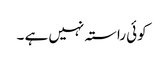
کوئی راستہ نہیں ہے ۔